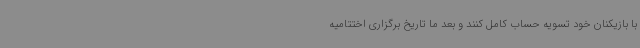
با بازیکنان خود تسویه حساب کامل کنند و بعد ما تاریخ برگزاری اختتامیه